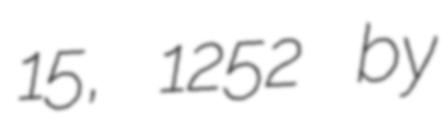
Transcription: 15, 1252 by